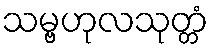
သမ္ဗဟုလသုတ္တံ